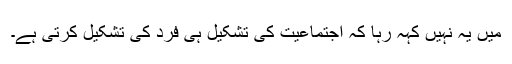
میں یہ نہیں کہہ رہا کہ اجتماعیت کی تشکیل ہی فرد کی تشکیل کرتی ہے۔